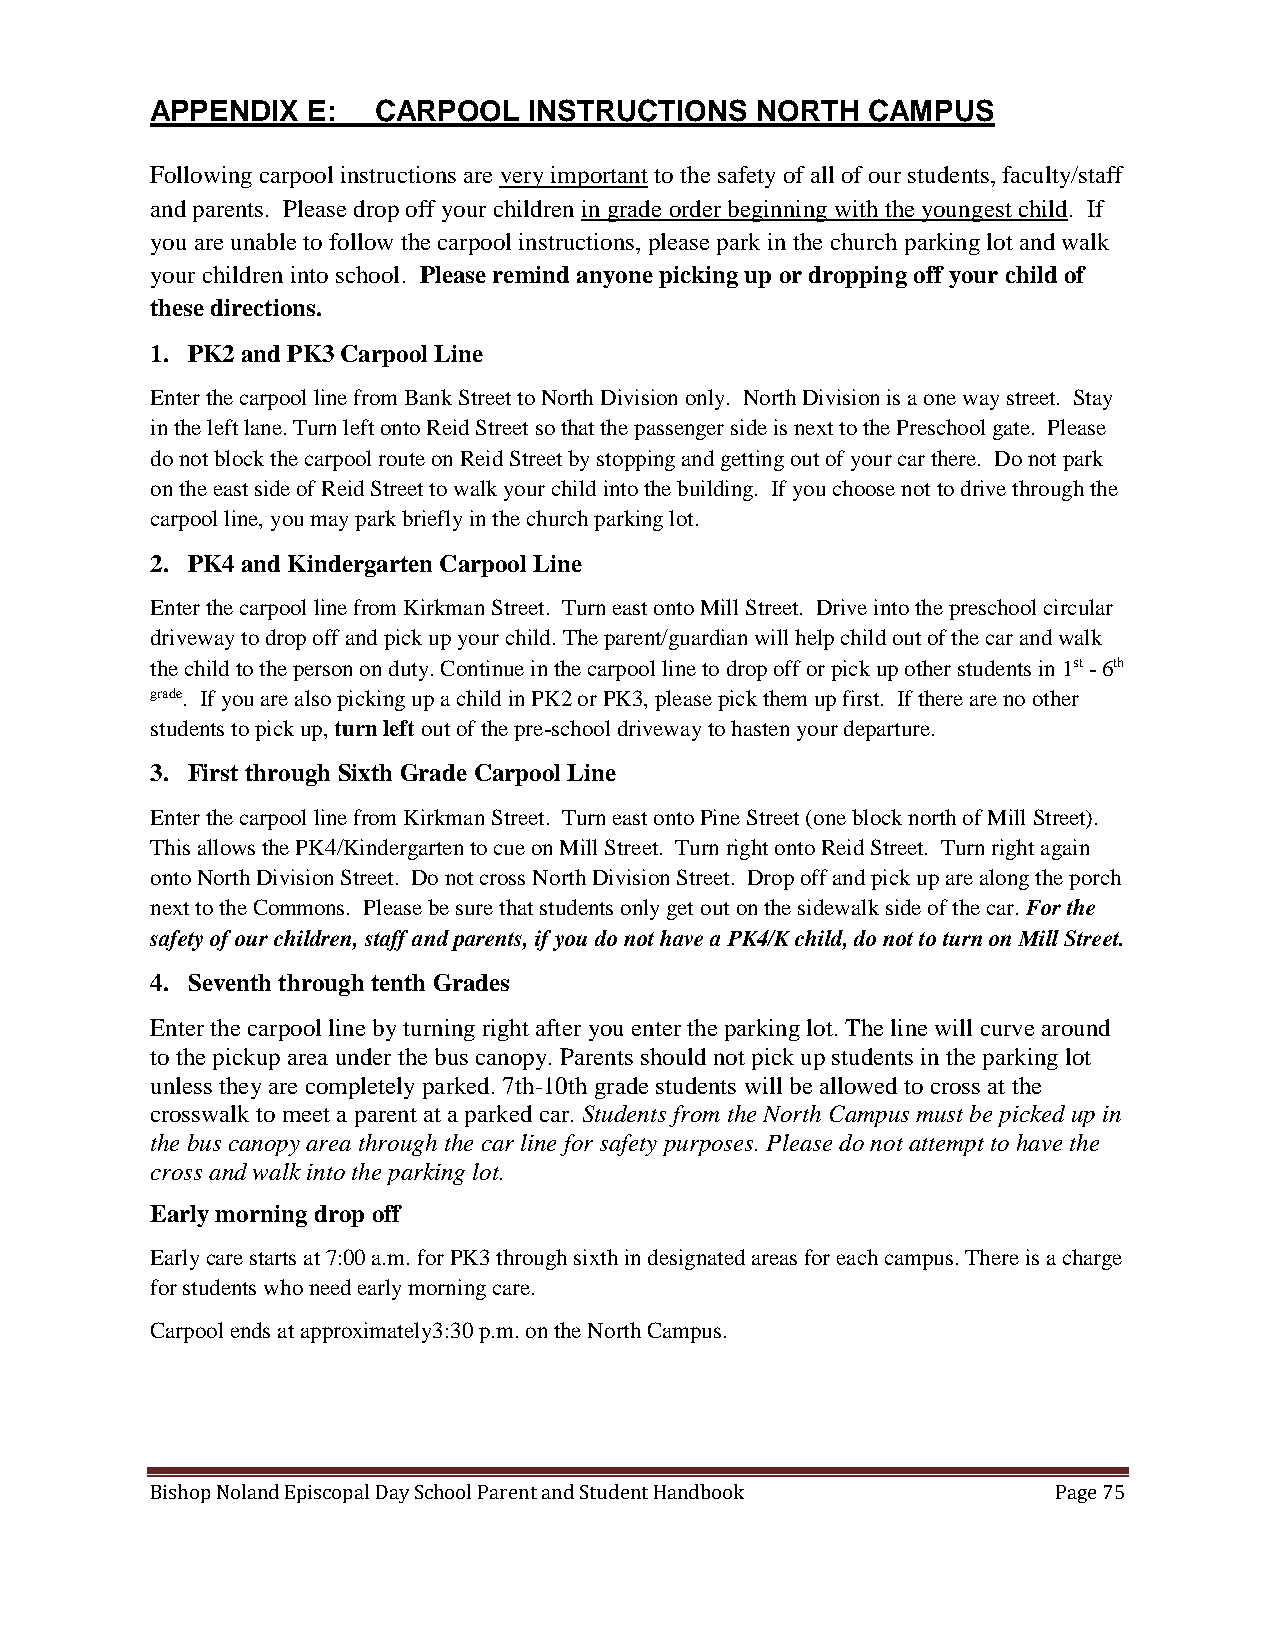
APPENDIX  E:   CARPOOL   INSTRUCTIONS   NORTH  CAMPUS
 Following carpool instructions are very important to the safety of all of our students, faculty/staff
 and parents. Please drop off your children in grade order beginning with the youngest child. If
 you are unable to follow the carpool instructions, please park in the church parking lot and walk
 your children into school. Please remind anyone picking up or dropping off your child of
 these directions.
 1. PK2 and PK3 Carpool Line
 Enter the carpool line from Bank Street to North Division only. North Division is a one way street. Stay
 in the left lane. Turn left onto Reid Street so that the passenger side is next to the Preschool gate. Please
 do not block the carpool route on Reid Street by stopping and getting out of your car there. Do not park
 on the east side of Reid Street to walk your child into the building. If you choose not to drive through the
 carpool line, you may park briefly in the church parking lot.
 2. PK4 and Kindergarten Carpool Line
 Enter the carpool line from Kirkman Street. Turn east onto Mill Street. Drive into the preschool circular
 driveway to drop off and pick up your child. The parent/guardian will help child out of the car and walk
 the child to the person on duty. Continue in the carpool line to drop off or pick up other students in 1st - 6th
 grade. If you are also picking up a child in PK2 or PK3, please pick them up first. If there are no other
 students to pick up, turn left out of the pre-school driveway to hasten your departure.
 3. First through Sixth Grade Carpool Line
 Enter the carpool line from Kirkman Street. Turn east onto Pine Street (one block north of Mill Street).
 This allows the PK4/Kindergarten to cue on Mill Street. Turn right onto Reid Street. Turn right again
 onto North Division Street. Do not cross North Division Street. Drop off and pick up are along the porch
 next to the Commons. Please be sure that students only get out on the sidewalk side of the car. For the
 safety of our children, staff and parents, if you do not have a PK4/K child, do not to turn on Mill Street.
 4. Seventh through tenth Grades
 Enter the carpool line by turning right after you enter the parking lot. The line will curve around
 to the pickup area under the bus canopy. Parents should not pick up students in the parking lot
 unless they are completely parked. 7th-10th grade students will be allowed to cross at the
 crosswalk to meet a parent at a parked car. Students from the North Campus must be picked up in
 the bus canopy area through the car line for safety purposes. Please do not attempt to have the
 cross and walk into the parking lot.
 Early morning drop off
 Early care starts at 7:00 a.m. for PK3 through sixth in designated areas for each campus. There is a charge
 for students who need early morning care.
 Carpool ends at approximately3:30 p.m. on the North Campus.
 Bishop Noland Episcopal Day School Parent and Student Handbook Page 75